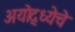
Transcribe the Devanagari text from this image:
अयोद्ध्येचे